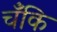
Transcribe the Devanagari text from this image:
चँकि